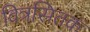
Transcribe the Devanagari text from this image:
वित्रसितक